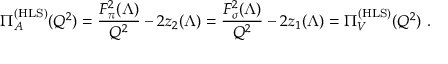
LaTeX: \Pi _ { A } ^ { \mathrm { ( H L S ) } } ( Q ^ { 2 } ) = \frac { F _ { \pi } ^ { 2 } ( \Lambda ) } { Q ^ { 2 } } - 2 z _ { 2 } ( \Lambda ) = \frac { F _ { \sigma } ^ { 2 } ( \Lambda ) } { Q ^ { 2 } } - 2 z _ { 1 } ( \Lambda ) = \Pi _ { V } ^ { \mathrm { ( H L S ) } } ( Q ^ { 2 } ) \ .